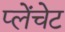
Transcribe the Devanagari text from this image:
प्लेंचेट